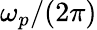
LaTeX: \omega_{p}/(2\pi)